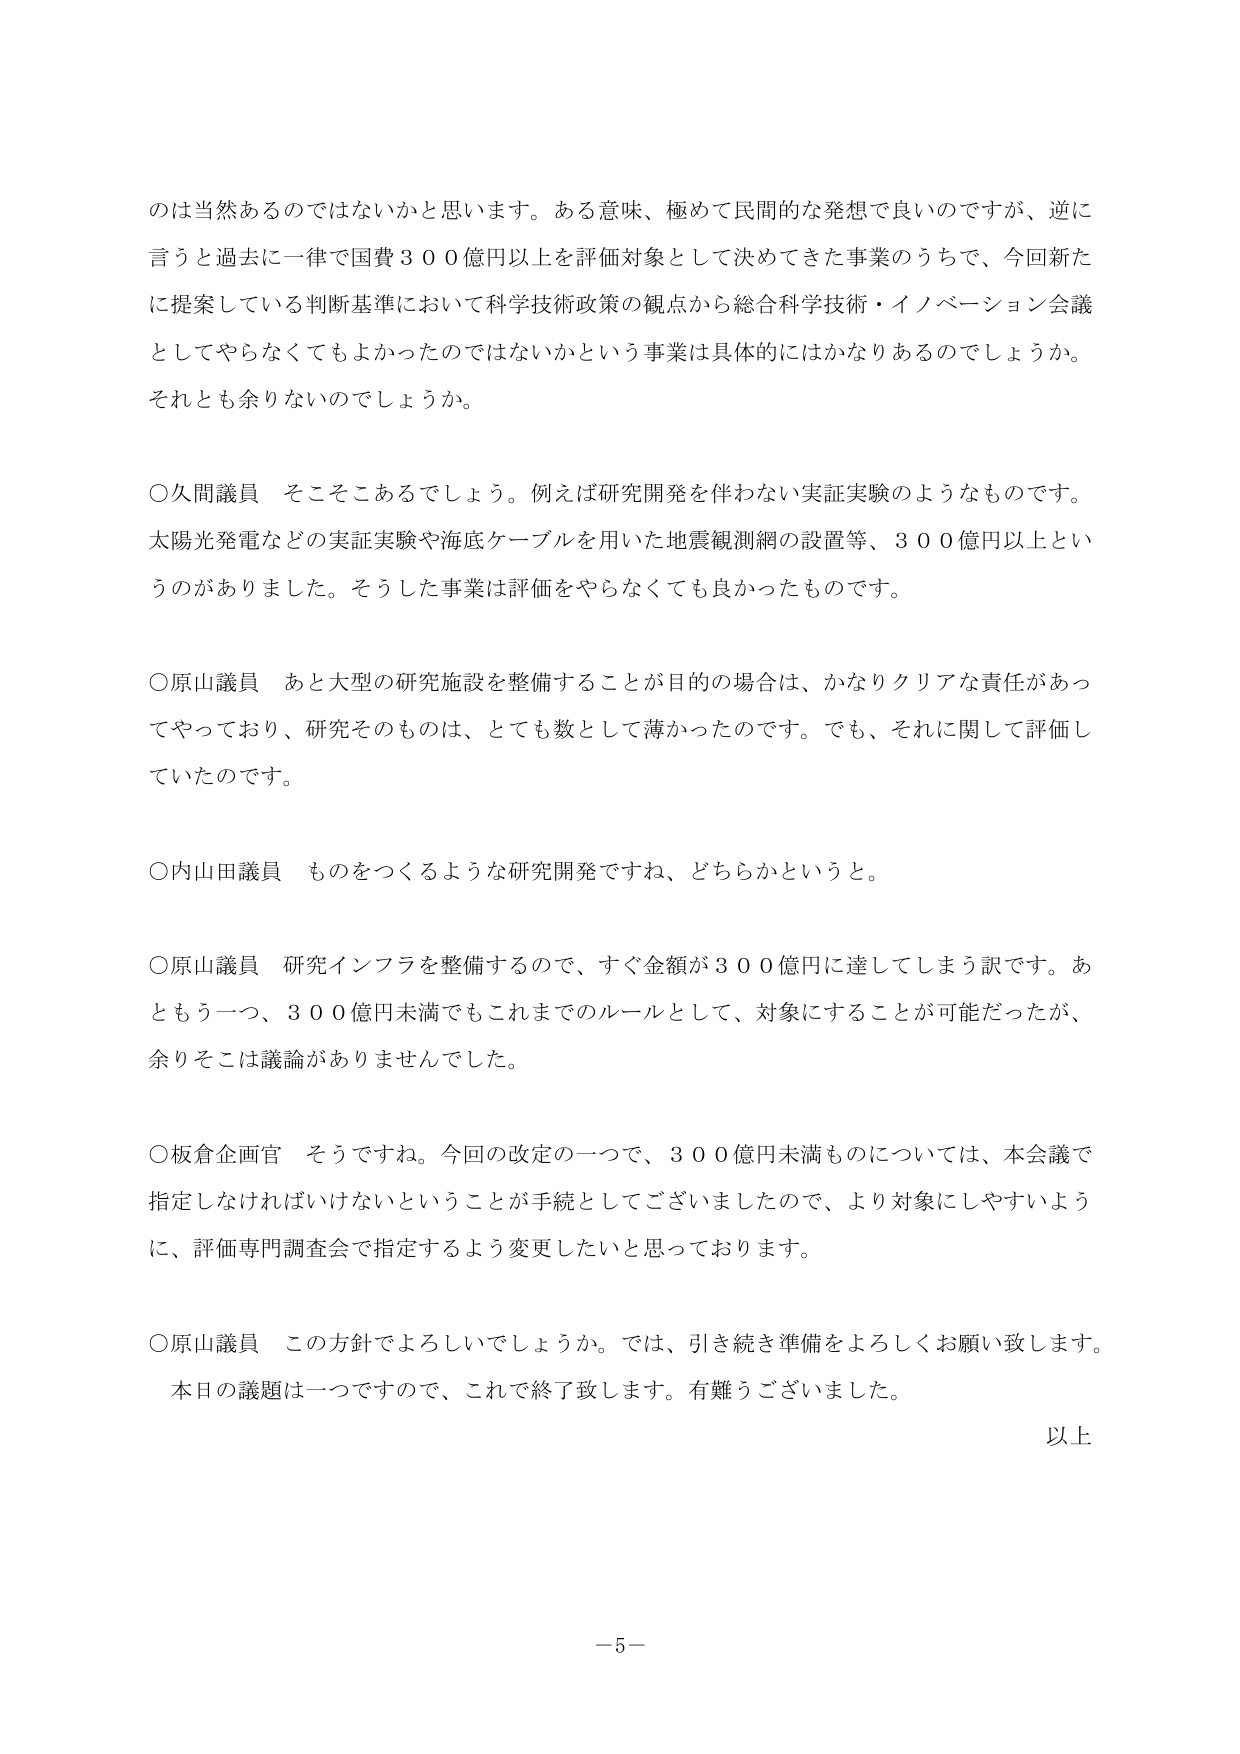
のは当然あるのではないかと思います。ある意味、極めて民間的な発想で良いのですが、逆に言うと過去に一律で国費３００億円以上を評価対象として決めてきた事業のうちで、今回新たに提案している判断基準において科学技術政策の観点から総合科学技術・イノベーション会議としてやらなくてもよかったのではないかという事業は具体的にはかなりあるのでしょうか。それとも余りないのでしょうか。

○久間議員　そこそこあるでしょう。例えば研究開発を伴わない実証実験のようなものです。太陽光発電などの実証実験や海底ケーブルを用いた地震観測網の設置等、３００億円以上というのがありました。そうした事業は評価をやらなくても良かったものです。

○原山議員　あと大型の研究施設を整備することが目的の場合は、かなりクリアな責任があってやっており、研究そのものは、とても数として薄かったのです。でも、それに関して評価していたのです。

○内山田議員　ものをつくるような研究開発ですね、どちらかというと。

○原山議員　研究インフラを整備するので、すぐ金額が３００億円に達してしまう訳です。あともう一つ、３００億円未満でもこれまでのルールとして、対象にすることが可能だったが、余りそこは議論がありませんでした。

○板倉企画官　そうですね。今回の改定の一つで、３００億円未満ものについては、本会議で指定しなければいけないということが手続としてございましたので、より対象にしやすいように、評価専門調査会で指定するよう変更したいと思っております。

○原山議員　この方針でよろしいでしょうか。では、引き続き準備をよろしくお願い致します。本日の議題は一つですので、これで終了致します。有難うございました。

以上

－5－